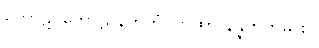
ကောဋိပကောဋိ နဟုတံ၊ တထာ နိန္နဟုတမ္ပိ စ။